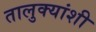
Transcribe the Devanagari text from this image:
तालुक्यांशी